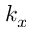
k _ { x }